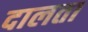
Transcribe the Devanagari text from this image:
दालता